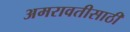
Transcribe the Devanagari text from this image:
अमरावतीसाठी